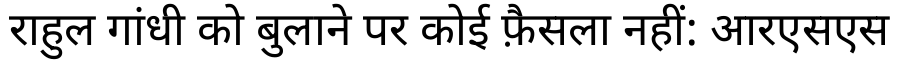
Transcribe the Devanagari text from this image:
राहुल गांधी को बुलाने पर कोई फ़ैसला नहीं: आरएसएस